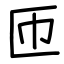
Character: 匝